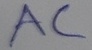
Text: AC